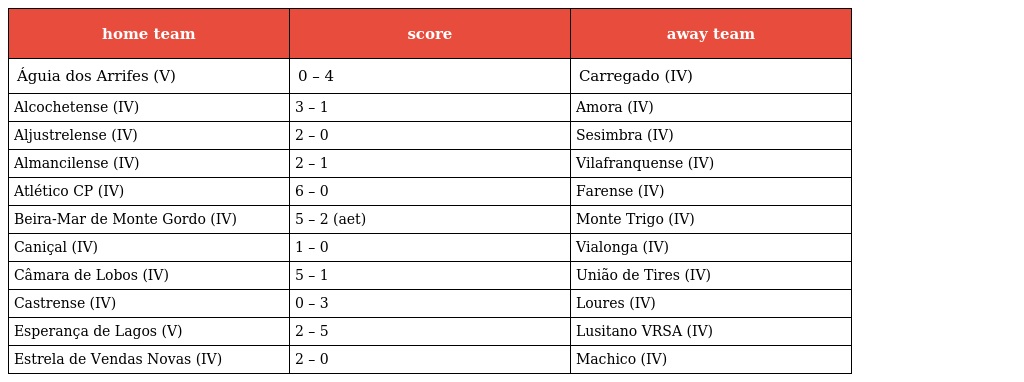
| home team | score | away team |
 | --- | --- | --- |
 | Águia dos Arrifes (V) | 0 – 4 | Carregado (IV) |
 | Alcochetense (IV) | 3 – 1 | Amora (IV) |
 | Aljustrelense (IV) | 2 – 0 | Sesimbra (IV) |
 | Almancilense (IV) | 2 – 1 | Vilafranquense (IV) |
 | Atlético CP (IV) | 6 – 0 | Farense (IV) |
 | Beira-Mar de Monte Gordo (IV) | 5 – 2 (aet) | Monte Trigo (IV) |
 | Caniçal (IV) | 1 – 0 | Vialonga (IV) |
 | Câmara de Lobos (IV) | 5 – 1 | União de Tires (IV) |
 | Castrense (IV) | 0 – 3 | Loures (IV) |
 | Esperança de Lagos (V) | 2 – 5 | Lusitano VRSA (IV) |
 | Estrela de Vendas Novas (IV) | 2 – 0 | Machico (IV) |